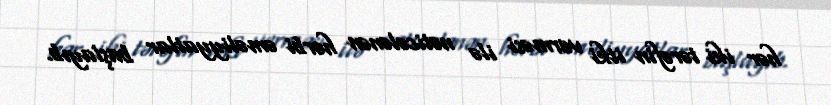
hər iki tərəfin itki verməsi ilə nəticələnən hərbi əməliyyatlar başlayıb.